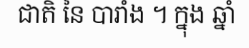
ជាតិ នៃ បារាំង ។ ក្នុង ឆ្នាំ